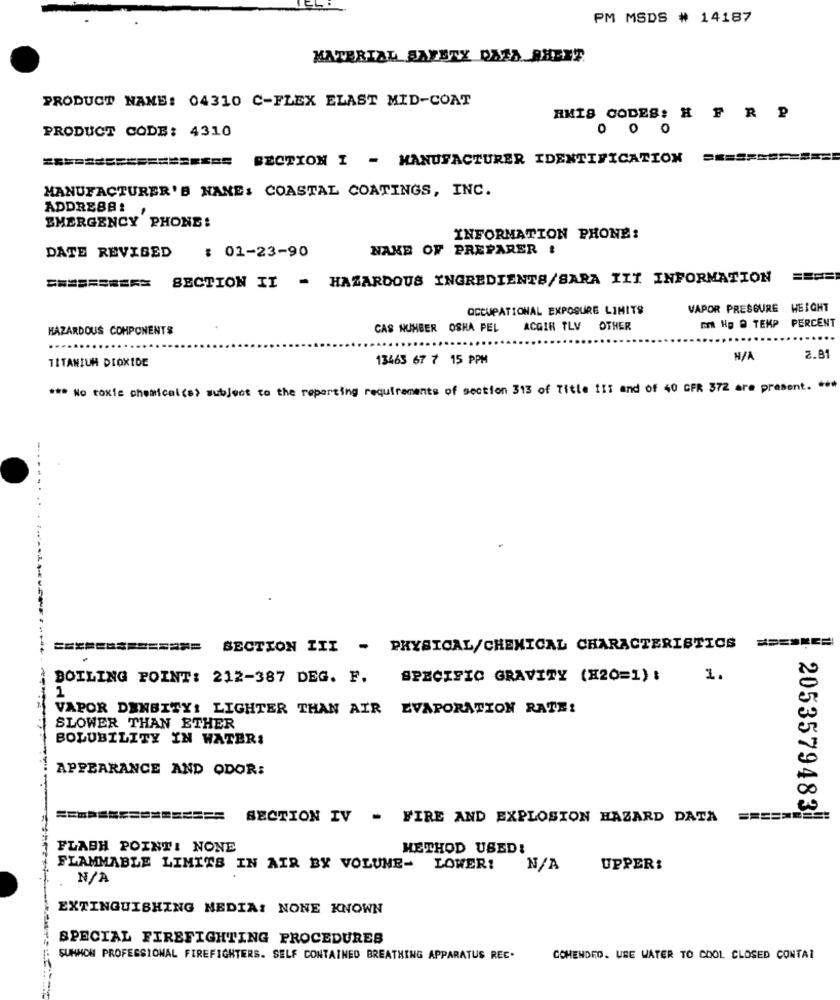
PM MSDS # 14187
MATERIAL SAFETY DATA SHEET
PRODUCT NAME: 04310 C-FLEX ELAST MID-COAT
AMIS CODES: H F R P
PRODUCT CODE: 4310
O
0
BECTION I - MANUFACTURER IDENTIFICATION
MANUFACTURER'S NANE: COASTAL COATINGS, INC.
ADDRESS:
EMERGENCY PHONE:
INFORMATION PHONE:
NAKE OF PREPARER !
DATE REVISED
: 01-23-90
SECTION II - HAZARDOUS INGREDIENTS/SARA IIT INFORMATION
OCCUPATIONAL EXPOSURE LIMITS
VAPOR PRESGURE WEIGHT
HAZARDOUS COMPONENTS
CAS NUMBER OSHA PEL
ACGIR TLV OTHER
DI Hp D TEMP
PERCENT
TITANIUM DIOXIDE
13463 67 7 15 PPM
H/A
2.8
*** No toxie chemical(s) subject to the reporting requirements of section 313 of Title 111 and of 40 CFR 372 are present. ***
-. .
SECTION III - PHYSICAL/CHEMICAL CHARACTERISTICS
BOILING POINT: 212-387 DEG. F.
SPECIFIC GRAVITY (X20=1) :
1.
1
VAPOR DENSITY: LIGHTER THAN AIR EVAPORATION RATE!
SLOWER THAN ETHER
BOLUBILITY IN WATER:
APPEARANCE AND ODOR:
SECTION IV - FIRE AND EXPLOSION HAZARD DATA
=========
2053579483
FLASH POINT! NONE
HETHOD USED:
FLAMMABLE LIMITS IN AIR BY VOLUME-
LOWER!
UPPER:
EXTINGUISHING MEDIA: NONE KNOWN
SPECIAL FIREFIGHTING PROCEDURES
SUHMON PROFESSIONAL FIREFIGHTERS. SELF CONTAINED BREATHING APPARATUS REC.
COMENDRO. USE WATER TO COOL CLOSED CONTAI